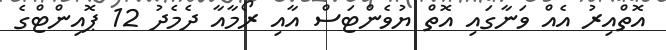
އޮތްއިރު އެއް ވަނާގައި އޮތް ޔުވެންޓަސް އާއި ރޯމާއާ ދެމެދު 12 ޕޮއިންޓްގެ